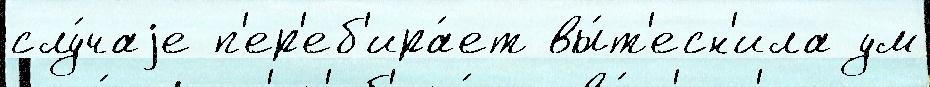
слу́чаjе п'ер'еб'ира́ет вы́т'есн'ила ум